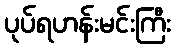
ပုပ်ရဟန်းမင်းကြီး